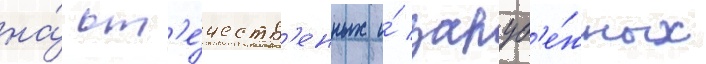
на́ от'е́честв'енных и́ заруб'е́жных